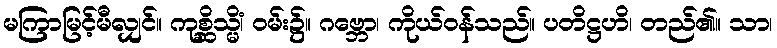
မကြာမြင့်မီလျှင်။ ကုစ္ဆိသ္မိံ၊ ဝမ်း၌။ ဂဗ္ဘော၊ ကိုယ်ဝန်သည်။ ပတိဋ္ဌဟိ၊ တည်၏။ သာ၊